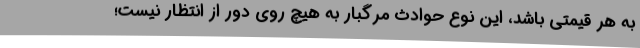
به هر قیمتی باشد، این نوع حوادث مرگبار به هیچ روی دور از انتظار نیست؛